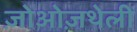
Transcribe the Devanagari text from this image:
ज़ोओज़थेली